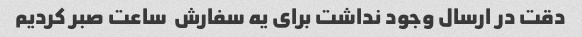
دقت در ارسال وجود نداشت برای یه سفارش  ساعت صبر کردیم